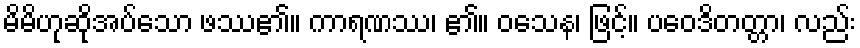
မိမိဟုဆိုအပ်သော ဖဿ၏။ ကာရဏဿ၊ ၏။ ဝသေန၊ ဖြင့်။ ပဝေဒိတတ္တာ၊ လည်း